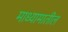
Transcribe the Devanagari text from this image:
माध्यामातील